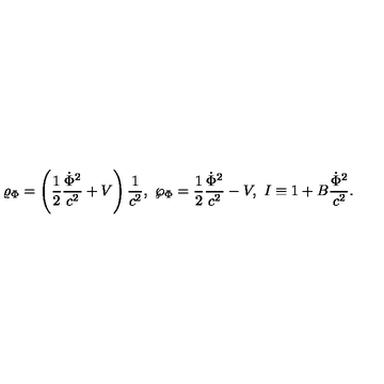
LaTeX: \varrho _ { \Phi } = \left( { \frac { 1 } { 2 } } { \frac { \dot { \Phi } ^ { 2 } } { c ^ { 2 } } } + V \right) { \frac { 1 } { c ^ { 2 } } } , \ \wp _ { \Phi } = { \frac { 1 } { 2 } } { \frac { \dot { \Phi } ^ { 2 } } { c ^ { 2 } } } - V , \ I \equiv 1 + B { \frac { \dot { \Phi } ^ { 2 } } { c ^ { 2 } } } .